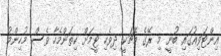
އިންޓަވިއުގައި ބުނީ މި ރޭގެ މެޗަކީ ދިވެހި ޓީމަށް ކިތަންމެހާ ވެސް މުހިންމު